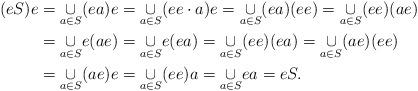
LaTeX: \begin{align*}(eS)e & =\underset{a\in S}{\cup}(ea)e=\underset{a\in S}{\cup}(ee\cdot a)e=\underset{a\in S}{\cup}(ea)(ee)=\underset{a\in S}{\cup}(ee)(ae)\\ & =\underset{a\in S}{\cup}e(ae)=\underset{a\in S}{\cup}e(ea)=\underset{a\in S}{\cup}(ee)(ea)=\underset{a\in S}{\cup}(ae)(ee)\\ & =\underset{a\in S}{\cup}(ae)e=\underset{a\in S}{\cup}(ee)a=\underset{a\in S}{\cup}ea=eS.\end{align*}